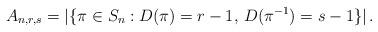
LaTeX: \begin{align*}A_{n,r,s} = |\{\pi\in S_n: D(\pi)=r-1,\, D(\pi^{-1}) = s-1\}| \,.\end{align*}